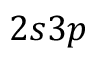
2 s 3 p